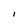
Character: I